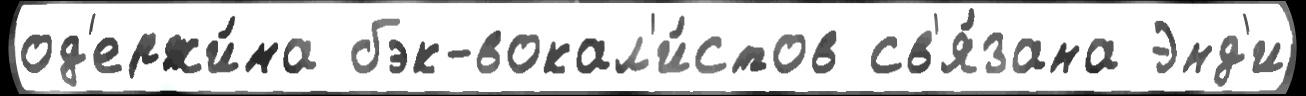
од'ержи́ма бэк-вокал'и́стов св'я́зана Энд'и